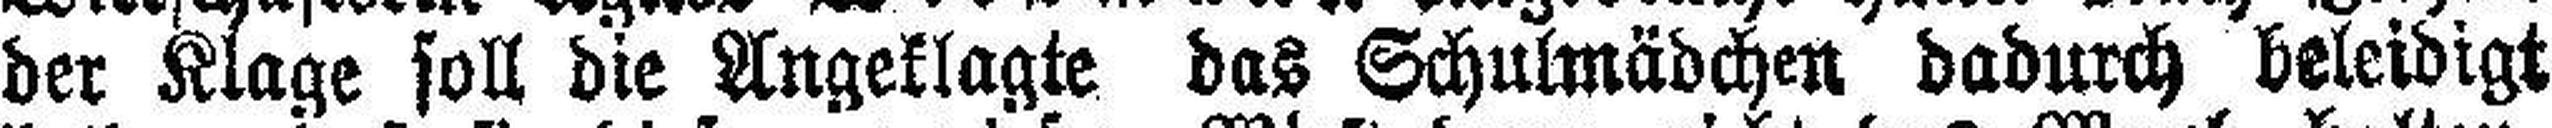
der Klage soll die Angeklagte das Schulmädchen dadurch beleidigt